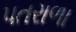
પતરાળા